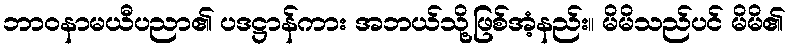
ဘာဝနာမယီပညာ၏ ပဒဋ္ဌာန်ကား အဘယ်သို့ဖြစ်အံ့နည်း။ မိမိသည်ပင် မိမိ၏